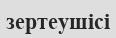
зертеушісі